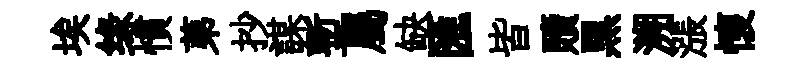
埃缘慣苐抄謀塹屬缺匯皆贖黒溯漲懷